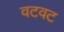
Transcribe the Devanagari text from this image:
वटवट